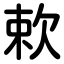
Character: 欶